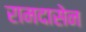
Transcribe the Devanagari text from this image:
रामदासेन